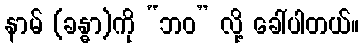
နာမ် (ခန္ဓာ)ကို “ဘဝ” လို့ ခေါ်ပါတယ်။